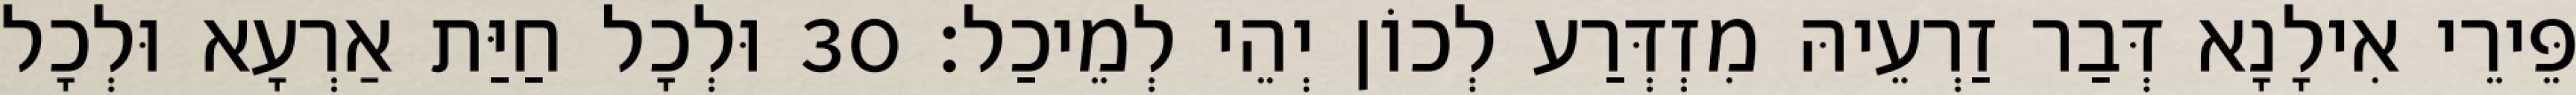
פֵּירֵי אִילָנָא דְּבַר זַרְעֵיהּ מִזְדְּרַע לְכוֹן יְהֵי לְמֵיכַל׃ 30 וּלְכָל חַיַּת אַרְעָא וּלְכָל